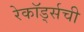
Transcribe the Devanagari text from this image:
रेकॉर्ड्सची